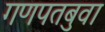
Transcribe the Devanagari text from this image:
गणपतबुवा